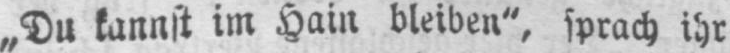
„Du kannst im Hain bleiben“, sprach ihr